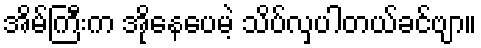
အိမ်ကြီးက အိုနေပေမဲ့ သိပ်လှပါတယ်ခင်ဗျာ။